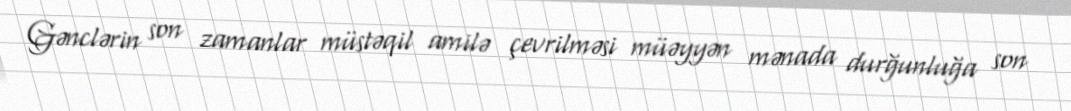
Gənclərin son zamanlar müstəqil amilə çevrilməsi müəyyən mənada durğunluğa son